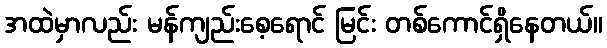
အထဲမှာလည်း မန်ကျည်းစေ့ရောင် မြင်း တစ်ကောင်ရှိနေတယ်။